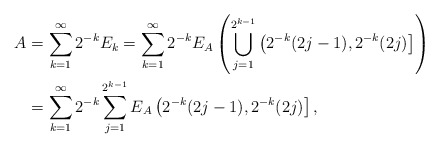
\begin{align*}A &= \sum_{k=1}^{\infty}2^{-k}E_k = \sum_{k=1}^{\infty}2^{-k}E_A\left(\bigcup_{j=1}^{2^{k-1}}\left(2^{-k}(2j-1),2^{-k}(2j)\right]\right)\\&= \sum_{k=1}^{\infty}2^{-k} \sum_{j=1}^{2^{k-1}} E_A\left(2^{-k}(2j-1),2^{-k}(2j)\right],\end{align*}